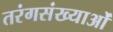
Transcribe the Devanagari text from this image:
तरंगसंख्याओं